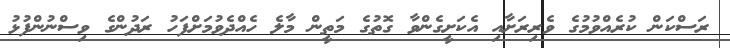
ރަސްކަން ކުރެއްވުމުގެ ވެރިރަށާއި އެކަށީގެންވާ ގޮތުގެ މަތީން މާލެ ހެއްދެވުމަށްފަހު ރަދުންގެ ވިސްނުންފުޅު